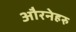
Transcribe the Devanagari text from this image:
औरनेहरु